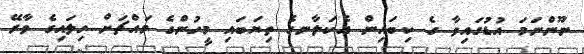
ނޫންނަމަ އުޑުގައިވާ ގެ ކިބައިން އެކަލާނގެ ތިޔަބައި މީހުންގެ މައްޗަށް ހިލައިގެ ވާރޭ